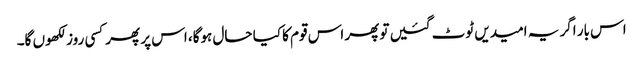
اس بار اگر یہ امیدیں ٹوٹ گئیں تو پھر اس قوم کا کیا حال ہوگا، اس پر پھرکسی روز لکھوں گا۔